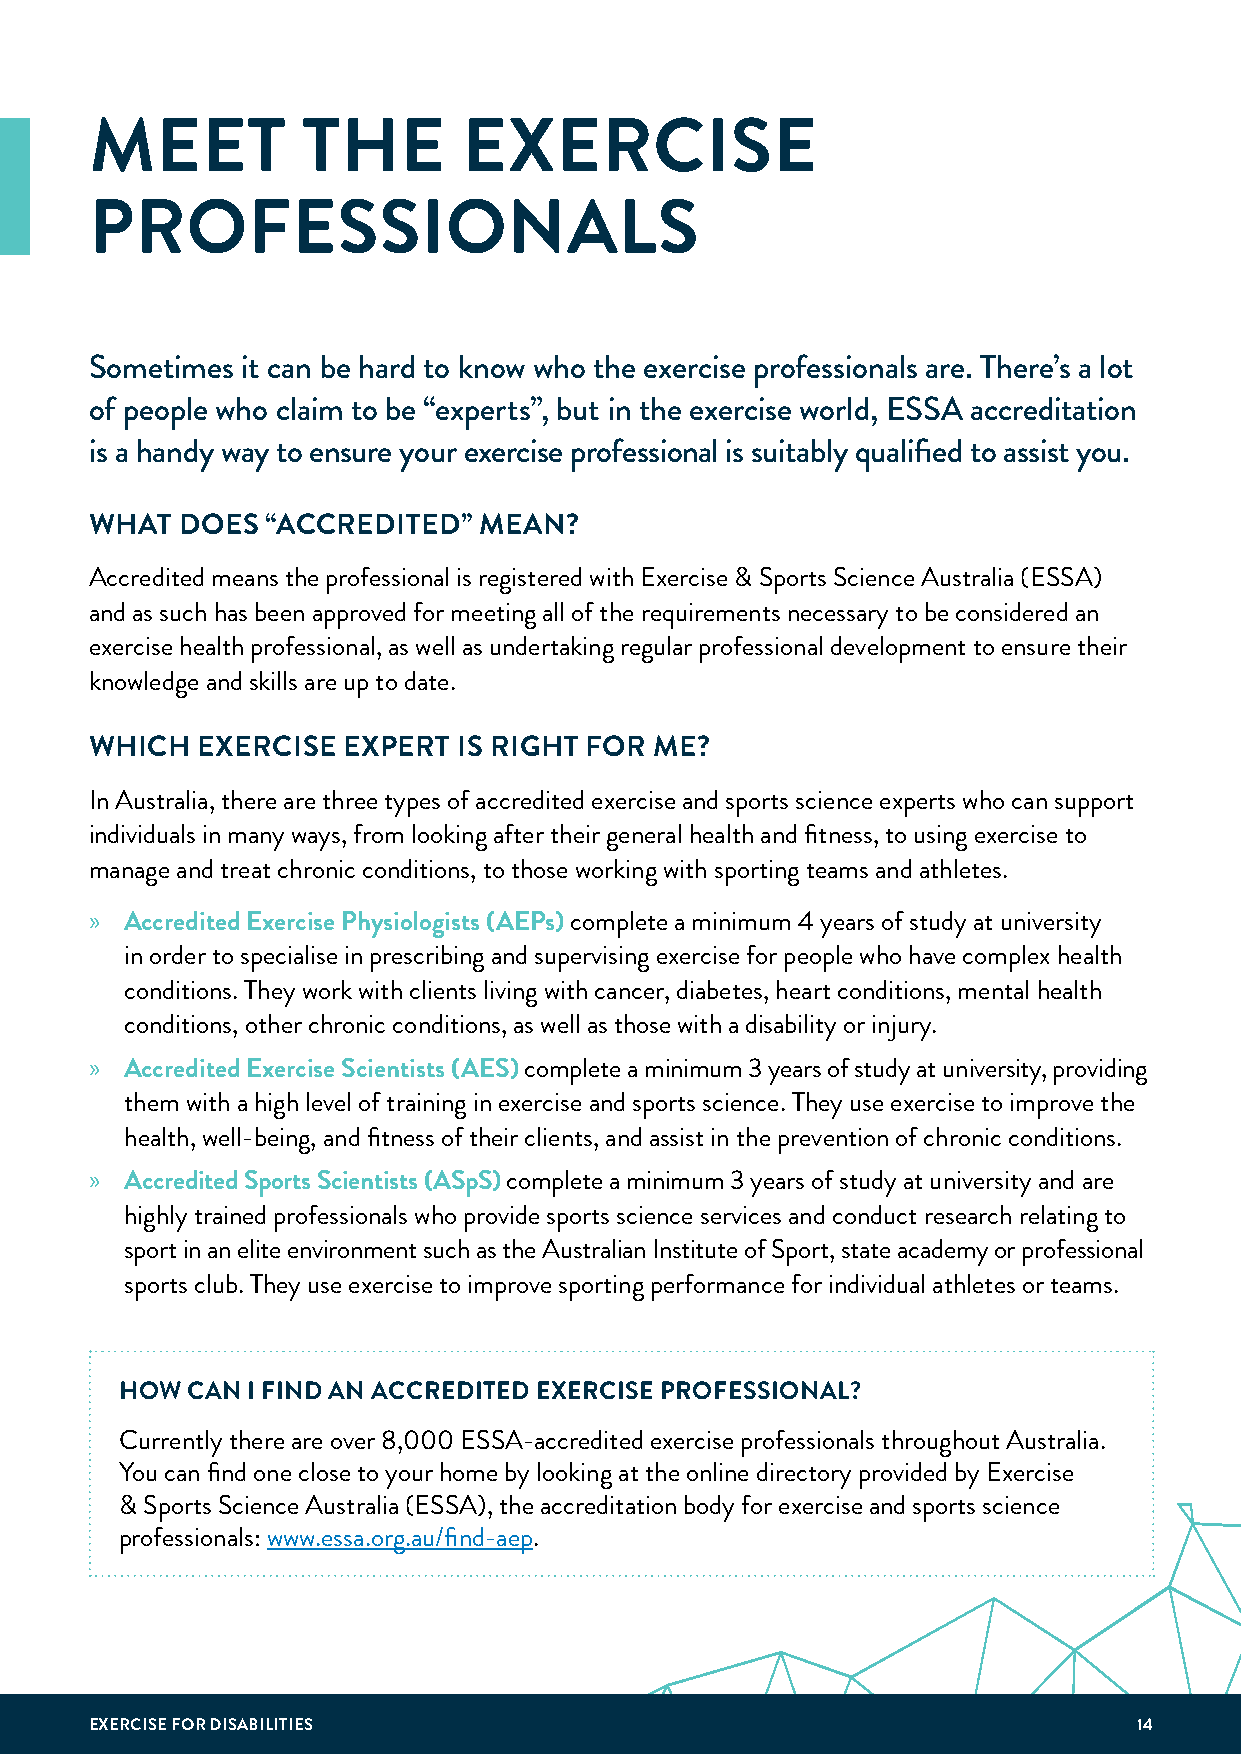
MEET          THE        EXERCISE
 PROFESSIONALS
 Sometimes it can be hard to know who the exercise professionals are. There’s a lot
 of people who claim to be “experts”, but in the exercise world, ESSA accreditation
 is a handy way to ensure your exercise professional is suitably qualified to assist you.
 WHAT  DOES  “ACCREDITED”  MEAN?
 Accredited means the professional is registered with Exercise & Sports Science Australia (ESSA)
 and as such has been approved for meeting all of the requirements necessary to be considered an
 exercise health professional, as well as undertaking regular professional development to ensure their
 knowledge and skills are up to date.
 WHICH  EXERCISE  EXPERT IS RIGHT FOR ME?
 In Australia, there are three types of accredited exercise and sports science experts who can support
 individuals in many ways, from looking after their general health and fitness, to using exercise to
 manage and treat chronic conditions, to those working with sporting teams and athletes.
 » Accredited Exercise Physiologists (AEPs) complete a minimum 4 years of study at university
 in order to specialise in prescribing and supervising exercise for people who have complex health
 conditions. They work with clients living with cancer, diabetes, heart conditions, mental health
 conditions, other chronic conditions, as well as those with a disability or injury.
 » Accredited Exercise Scientists (AES) complete a minimum 3 years of study at university, providing
 them with a high level of training in exercise and sports science. They use exercise to improve the
 health, well-being, and fitness of their clients, and assist in the prevention of chronic conditions.
 » Accredited Sports Scientists (ASpS) complete a minimum 3 years of study at university and are
 highly trained professionals who provide sports science services and conduct research relating to
 sport in an elite environment such as the Australian Institute of Sport, state academy or professional
 sports club. They use exercise to improve sporting performance for individual athletes or teams.
 HOW CAN I FIND AN ACCREDITED EXERCISE PROFESSIONAL?
 Currently there are over 8,000 ESSA-accredited exercise professionals throughout Australia.
 You can find one close to your home by looking at the online directory provided by Exercise
 & Sports Science Australia (ESSA), the accreditation body for exercise and sports science
 professionals: www.essa.org.au/find-aep.
 EXERCISE FOR DISABILITIES                                            14